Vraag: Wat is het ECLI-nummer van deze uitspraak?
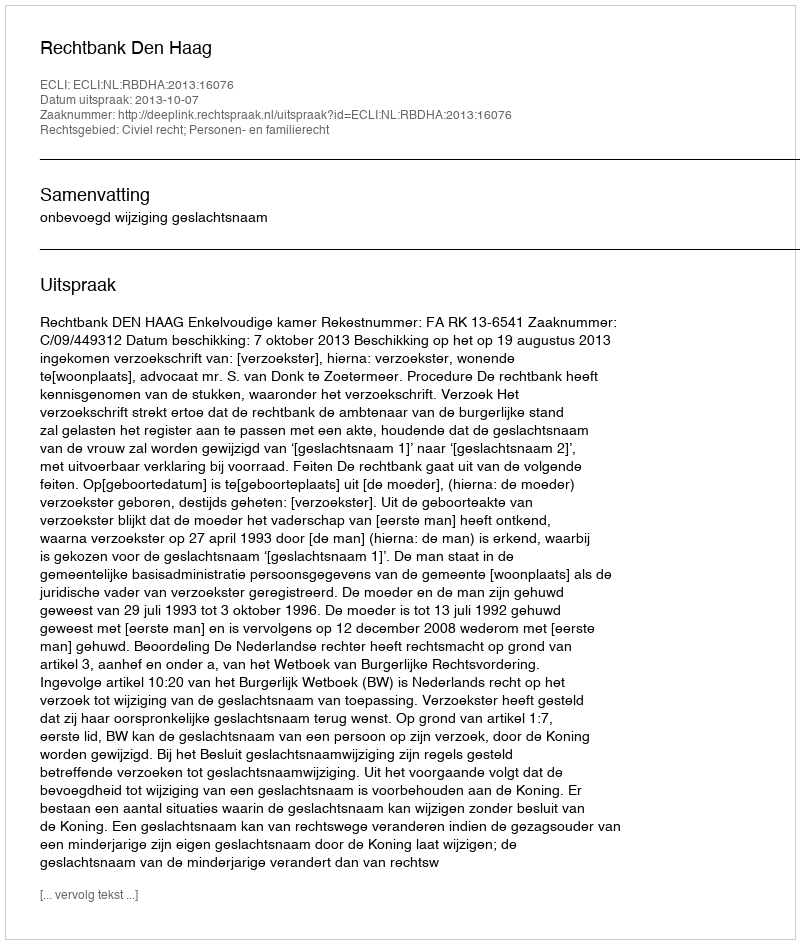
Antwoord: ECLI:NL:RBDHA:2013:16076